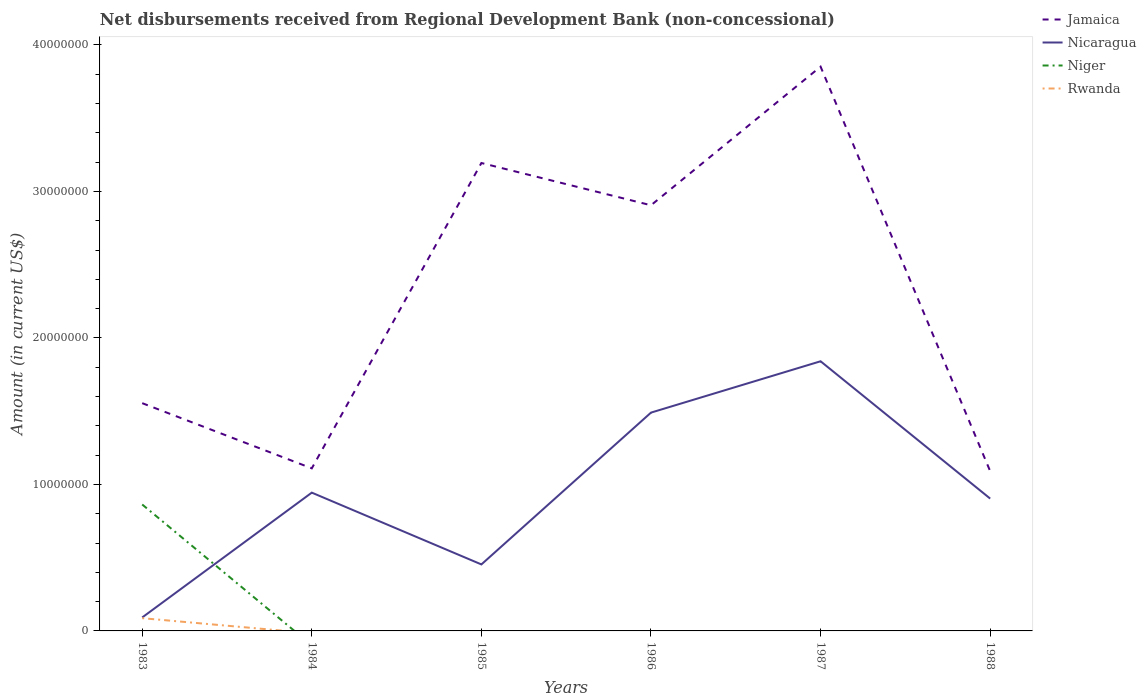
| Years | Jamaica | Nicaragua | Niger | Rwanda |
 | --- | --- | --- | --- | --- |
 | 1983 | 1.55e+07 | 9.19e+05 | 8.63e+06 | 8.7e+05 |
 | 1984 | 1.11e+07 | 9.44e+06 | -9.83e+05 | -1.59e+05 |
 | 1985 | 3.19e+07 | 4.54e+06 | -9.61e+05 | -2.39e+05 |
 | 1986 | 2.91e+07 | 1.49e+07 | -1.75e+06 | -1.07e+05 |
 | 1987 | 3.85e+07 | 1.84e+07 | -2.45e+06 | -3.42e+05 |
 | 1988 | 1.09e+07 | 9.03e+06 | -2.56e+06 | -1.76e+05 |